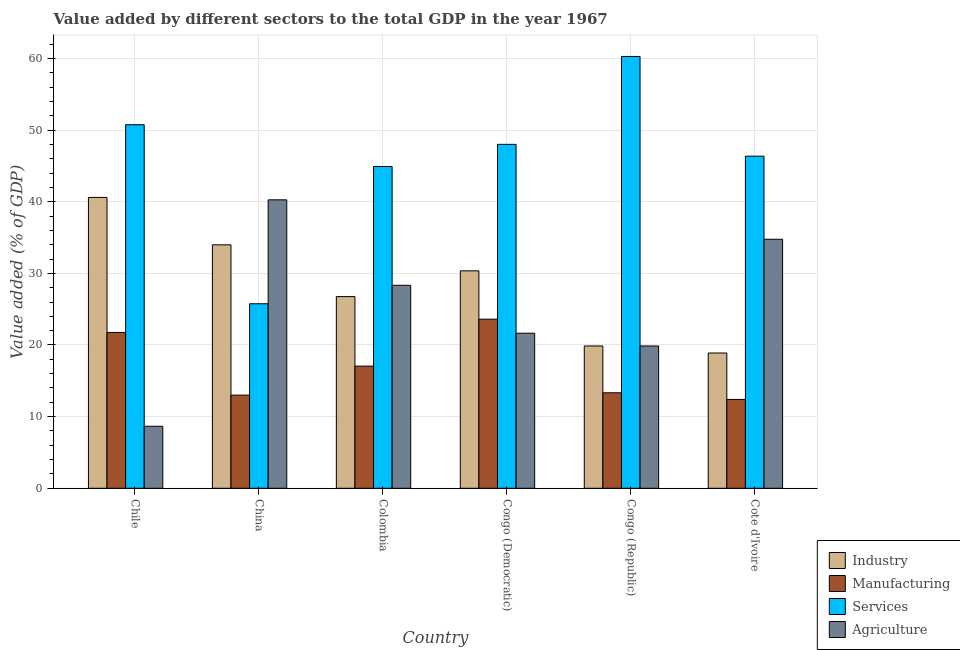
| Country | Industry | Manufacturing | Services | Agriculture |
 | --- | --- | --- | --- | --- |
 | Chile | 40.6 | 21.8 | 50.7 | 8.66 |
 | China | 34 | 13 | 25.8 | 40.3 |
 | Colombia | 26.8 | 17.1 | 44.9 | 28.3 |
 | Congo (Democratic) | 30.4 | 23.6 | 48 | 21.6 |
 | Congo (Republic) | 19.9 | 13.3 | 60.3 | 19.9 |
 | Cote d'Ivoire | 18.9 | 12.4 | 46.4 | 34.8 |